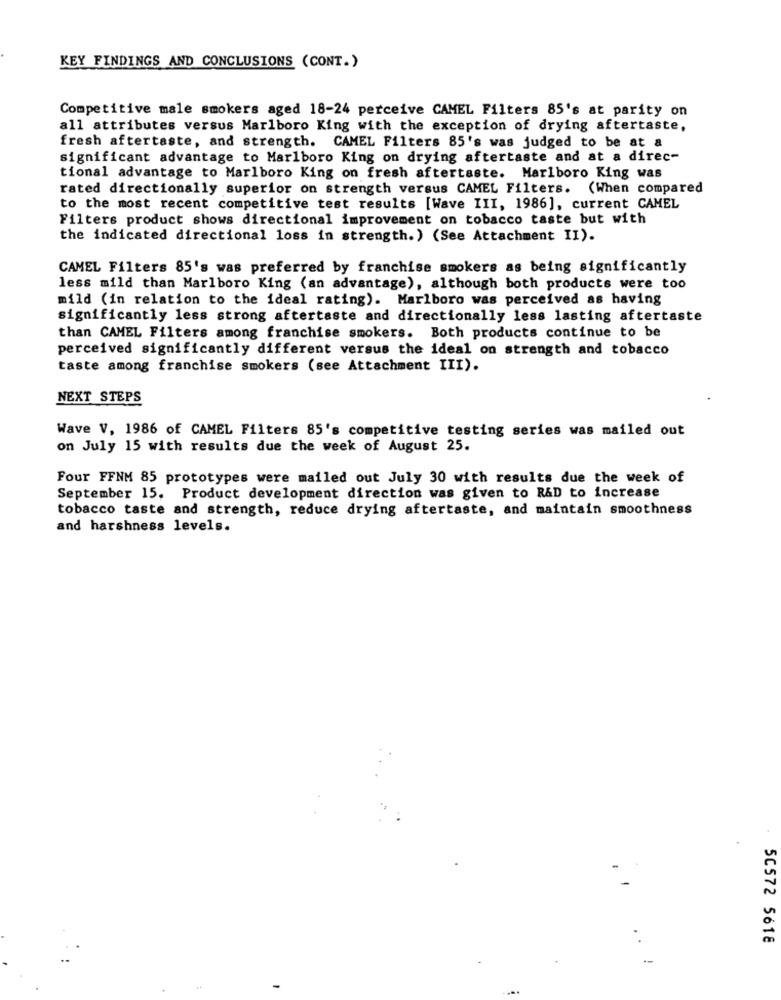
KEY FINDINGS AND CONCLUSIONS (CONT.)
Competitive male smokers aged 18-24 perceive CAMEL Filters 85's at parity on
all attributes versus Marlboro King with the exception of drying aftertaste,
fresh aftertaste, and strength. CAMEL Filters 85's was judged to be at a
significant advantage to Marlboro King on drying aftertaste and at a direc-
tional advantage to Marlboro King on fresh aftertaste. Marlboro King was
rated directionally superior on strength versus CAMEL Filters. (When compared
to the most recent competitive test results [Wave III, 1986], current CAMEL
Filters product shows directional improvement on tobacco taste but with
the indicated directional loss in strength.) (See Attachment II).
CAMEL Filters 85's was preferred by franchise smokers as being significantly
less mild than Marlboro King (an advantage), although both products were too
mild (in relation to the ideal rating). Marlboro was perceived as having
significantly less strong aftertaste and directionally less lasting aftertaste
than CAMEL Filters among franchise smokers. Both products continue to be
perceived significantly different versus the ideal on strength and tobacco
taste among franchise smokers (see Attachment III).
NEXT STEPS
Wave V, 1986 of CAMEL Filters 85's competitive testing series was mailed out
on July 15 with results due the week of August 25.
Four FFNM 85 prototypes were mailed out July 30 with results due the week of
September 15, Product development direction was given to R&D to increase
tobacco taste and strength, reduce drying aftertaste, and maintain smoothness
and harshness levels.
50572 5618